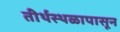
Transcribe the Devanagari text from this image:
तीर्थस्थळापासून